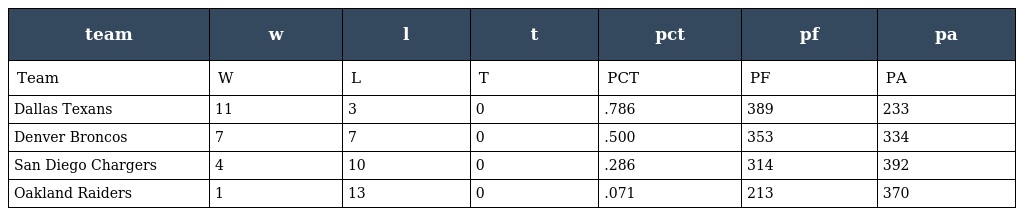
| team | w | l | t | pct | pf | pa |
 | --- | --- | --- | --- | --- | --- | --- |
 | Team | W | L | T | PCT | PF | PA |
 | Dallas Texans | 11 | 3 | 0 | .786 | 389 | 233 |
 | Denver Broncos | 7 | 7 | 0 | .500 | 353 | 334 |
 | San Diego Chargers | 4 | 10 | 0 | .286 | 314 | 392 |
 | Oakland Raiders | 1 | 13 | 0 | .071 | 213 | 370 |